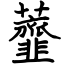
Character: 虀